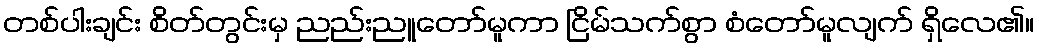
တစ်ပါးချင်း စိတ်တွင်းမှ ညည်းညူတော်မူကာ ငြိမ်သက်စွာ စံတော်မူလျက် ရှိလေ၏။